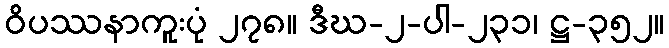
ဝိပဿနာကူးပုံ ၂၇၈။ ဒီဃ-၂-ပါ-၂၃၁၊ ဋ္ဌ-၃၅၂။